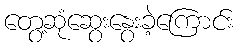
တွေ့ဆုံဆွေးနွေးခဲ့ကြောင်း